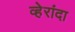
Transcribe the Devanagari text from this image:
व्हेरांदा